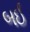
બઈ